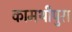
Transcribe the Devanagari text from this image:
कामथीपुरा